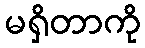
မရှိတာကို